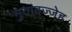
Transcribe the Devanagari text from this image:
मुतावज्जेह